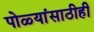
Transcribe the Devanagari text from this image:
पोळ्यांसाठीही